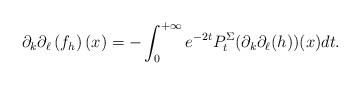
LaTeX: \begin{align*}\partial_k \partial_\ell \left(f_h\right)(x) = - \int_0^{+\infty} e^{-2t} P^{\Sigma}_t(\partial_k \partial_\ell(h))(x)dt. \end{align*}